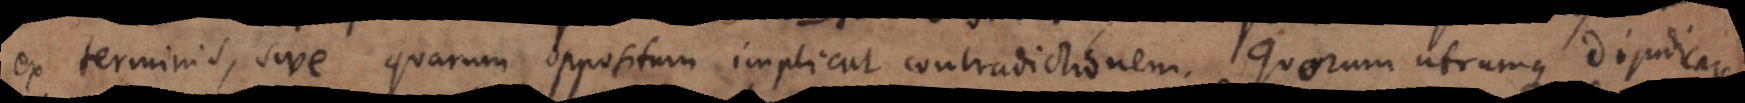
ex terminis, sive quarum oppositum implicat contradictionem. Quorum utrumque dijudicare